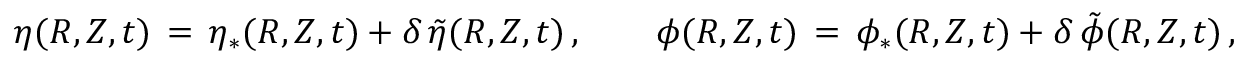
\eta ( R , Z , t ) \, = \, \eta _ { * } ( R , Z , t ) + \delta \, \tilde { \eta } ( R , Z , t ) \, , \qquad \phi ( R , Z , t ) \, = \, \phi _ { * } ( R , Z , t ) + \delta \, \tilde { \phi } ( R , Z , t ) \, ,